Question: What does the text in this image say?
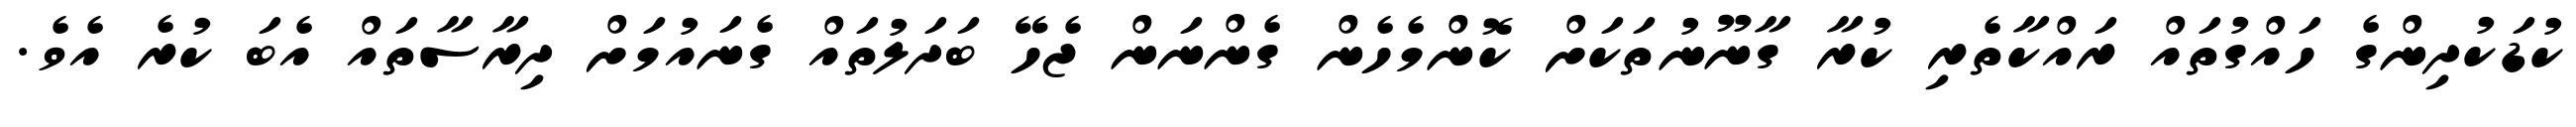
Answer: ކުޑަކުދިންގެ ހައްގުތައް ރައްކާތެރި ކުރާ ގާނޫނުތަކަށް ކޮންމެހެން ގެންނަން ޖެހޭ ބަދަލުތައް ގެނައުމަށް ދިރާސާތައް އެބަ ކުރެ އެވެ.